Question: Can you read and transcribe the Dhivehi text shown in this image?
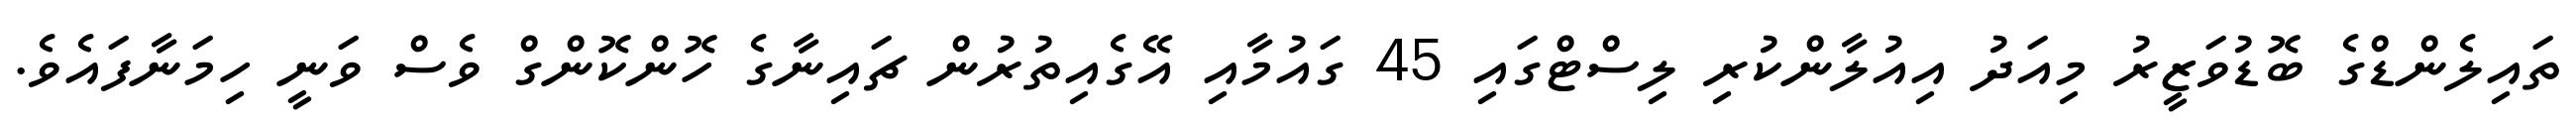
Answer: ތައިލެންޑްގެ ބޮޑުވަޒީރު މިއަދު އިއުލާންކުރި ލިސްޓްގައި 45 ގައުމާއި އޭގެއިތުރުން ޗައިނާގެ ހޮންކޮންގް ވެސް ވަނީ ހިމަނާފައެވެ.